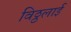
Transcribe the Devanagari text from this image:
विठ्ठलाई